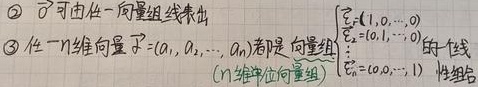
\textcircled{2} $\vec{0}$ 可由任一向量组线表出。
\textcircled{3} 任一 \(n\) 维向量 \(\vec{x}=(a_1,a_2,\cdots,a_n)\) 都是向量组 \(\begin{cases}\vec{\varepsilon}_1=(1,0,\cdots,0)\\\vec{\varepsilon}_2=(0,1,\cdots,0)\\\vdots\\\vec{\varepsilon}_n=(0,0,\cdots,1)\end{cases}\)（\(n\) 维单位向量组）的线性组合